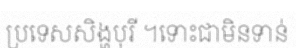
ប្រទេសសិង្ហបុរី ។ទោះជាមិនទាន់